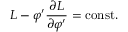
L - \varphi ^ { \prime } { \frac { \partial L } { \partial \varphi ^ { \prime } } } = { \mathrm { c o n s t . } }